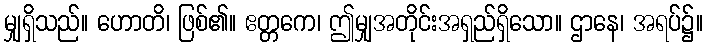
မျှရှိသည်။ ဟောတိ၊ ဖြစ်၏။ ဧတ္တကေ၊ ဤမျှအတိုင်းအရှည်ရှိသော။ ဌာနေ၊ အရပ်၌။